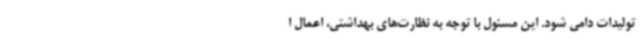
تولیدات دامی شود. این مسئول با توجه به نظارت‌های بهداشتی، اعمال ا